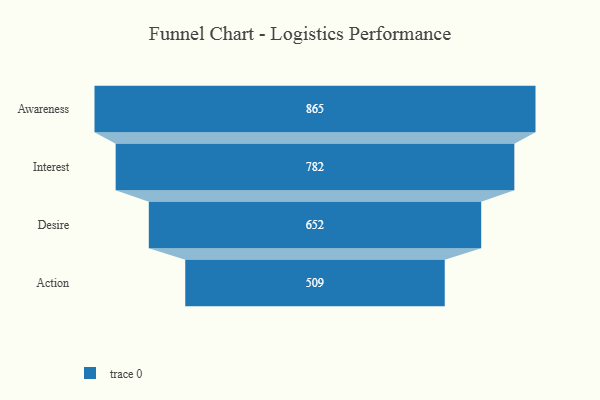
{"axis": {"x": "Stage", "y": "Value"}, "legend": [""], "data": [{"x": "Awareness", "y": 865.0, "type": ""}, {"x": "Interest", "y": 782.0, "type": ""}, {"x": "Desire", "y": 652.0, "type": ""}, {"x": "Action", "y": 509.0, "type": ""}]}